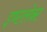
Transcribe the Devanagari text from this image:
इण्टलेक्ट